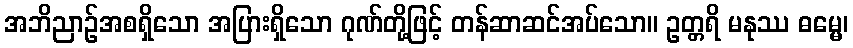
အဘိညာဉ်အစရှိသော အပြားရှိသော ဂုဏ်တို့ဖြင့် တန်ဆာဆင်အပ်သော။ ဥတ္တရိ မနုဿ ဓမ္မေ၊